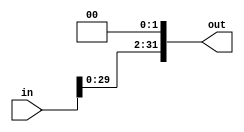
module sl(in,out);
input [31:0] in;
output[31:0] out;
assign out = in << 2;
endmodule